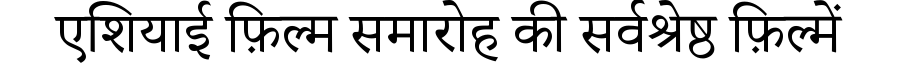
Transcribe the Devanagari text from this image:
एशियाई फ़िल्म समारोह की सर्वश्रेष्ठ फ़िल्में